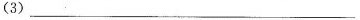
(3)___